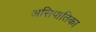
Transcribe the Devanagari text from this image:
असिपातिका